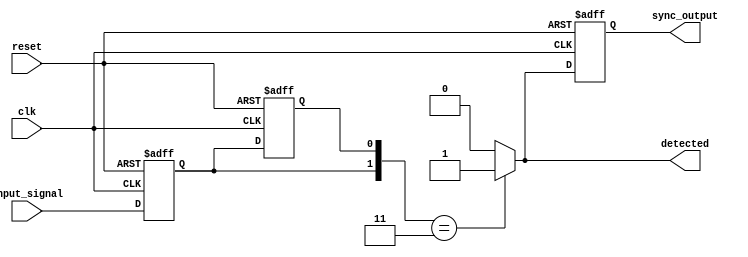
module dual_ff_detector (
    input wire input_signal,  // Primary input signal to be monitored
    input wire clk,           // Clock signal for synchronization
    input wire reset,         // Reset signal
    output reg detected,      // Output signal indicating if the pattern is detected
    output reg sync_output     // Synchronized output based on detection
);

    // Internal signals to hold the state of the flip-flops
    reg ff1, ff2;            // Outputs of the two flip-flops

    // Parameters for the specific pattern to detect
    parameter PATTERN = 2'b11; // Example pattern (change as needed)

    // Flip-flops for data sampling
    always @(posedge clk or posedge reset) begin
        if (reset) begin
            ff1 <= 1'b0;
            ff2 <= 1'b0;
        end else begin
            ff1 <= input_signal; // Sample input_signal on clock edge
            ff2 <= ff1;          // Pass ff1 output to ff2
        end
    end

    // Detection logic
    always @(*) begin
        // Compare the outputs of the two flip-flops with the desired pattern
        if ({ff1, ff2} == PATTERN) begin
            detected = 1'b1; // Pattern detected
        end else begin
            detected = 1'b0; // Pattern not detected
        end
    end

    // Synchronize the detected signal
    always @(posedge clk or posedge reset) begin
        if (reset) begin
            sync_output <= 1'b0; // Reset sync_output
        end else begin
            sync_output <= detected; // Synchronize detected signal
        end
    end

endmodule